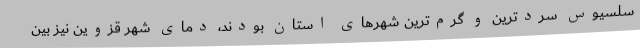
سلسیوس سردترین و گرم‌ترین شهرهای استان بودند، دمای شهر قزوین نیز بین